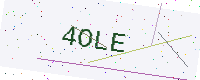
Text: 4OLE